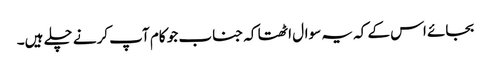
بجائے اس کے کہ یہ سوال اٹھتا کہ جناب جو کام آپ کرنے چلے ہیں۔